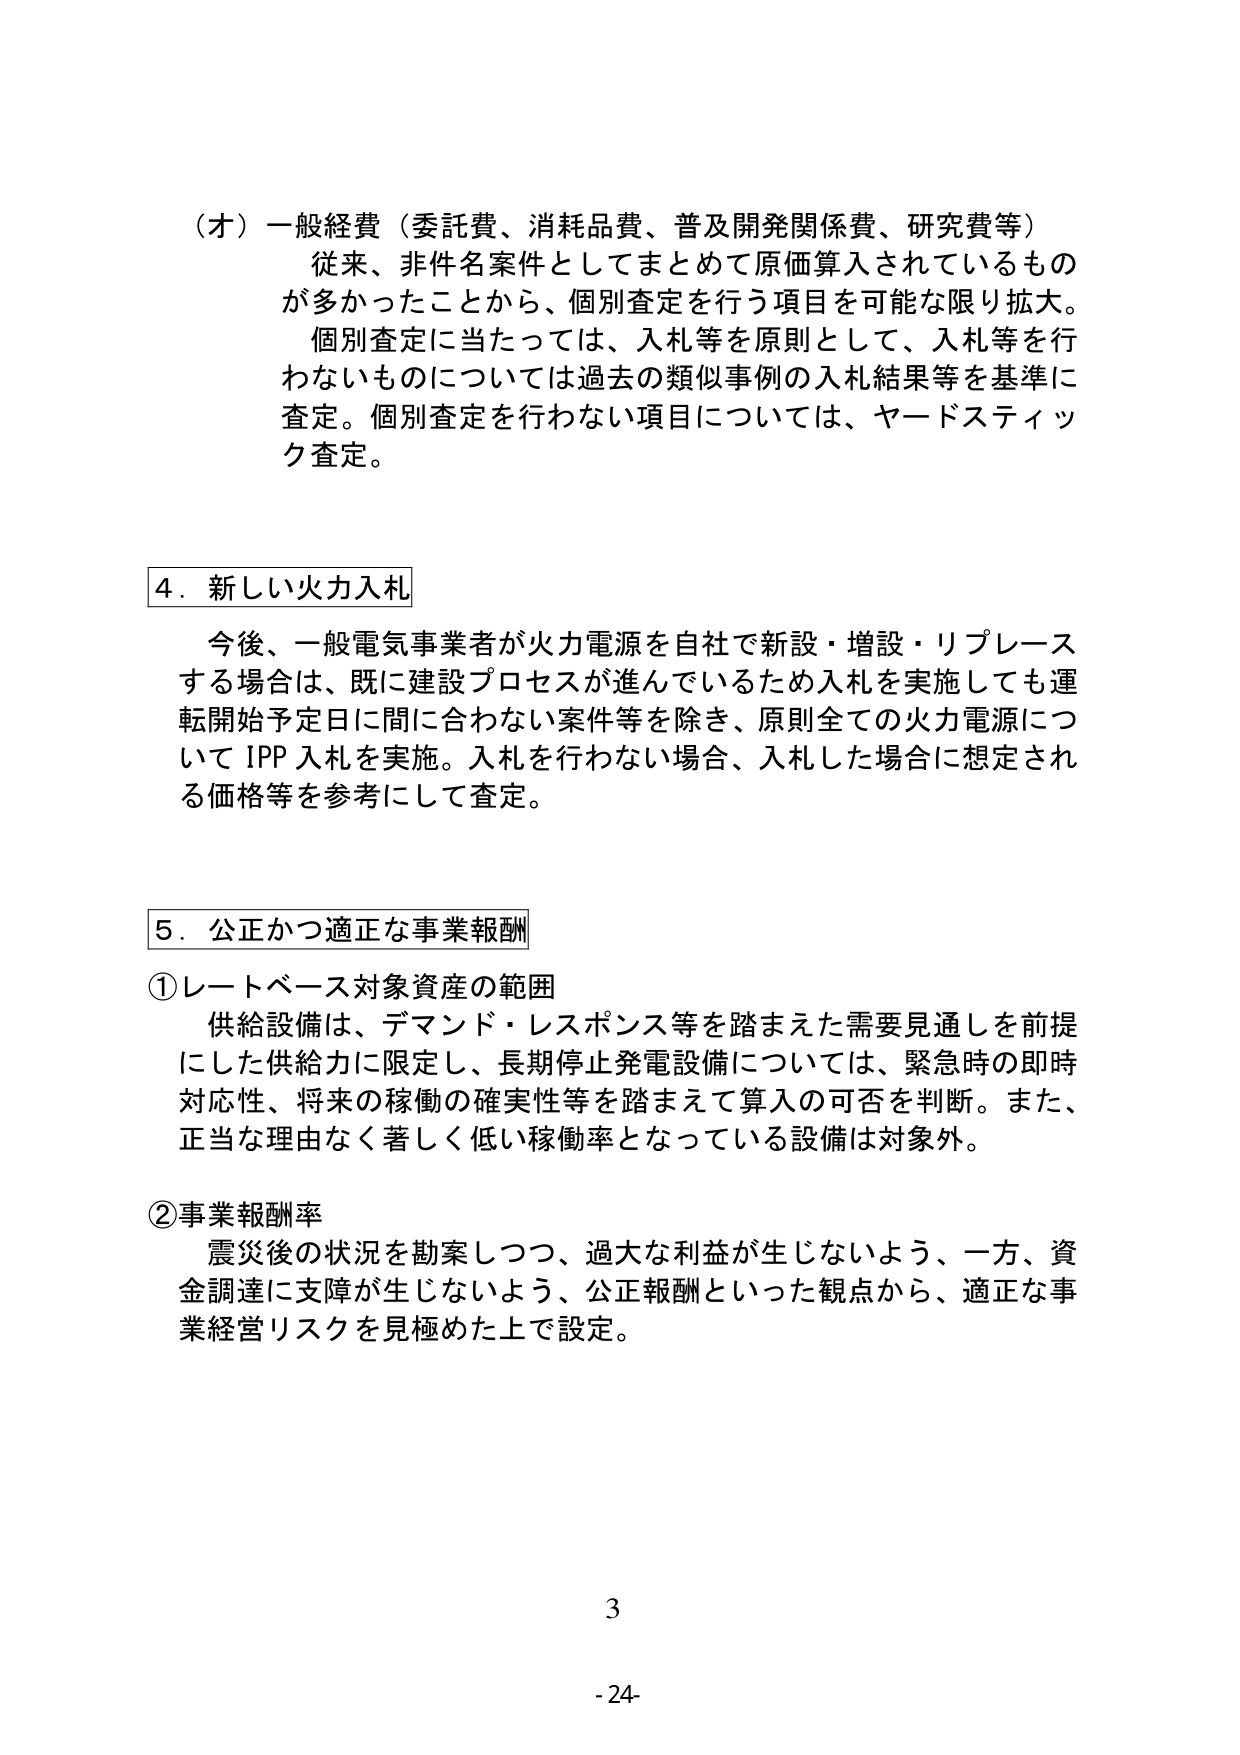
（オ）一般経費（委託費、消耗品費、普及開発関係費、研究費等）
従来、非件名案件としてまとめて原価算入されているものが多かったことから、個別査定を行う項目を可能な限り拡大。
個別査定に当たっては、入札等を原則として、入札等を行わないものについては過去の類似事例の入札結果等を基準に査定。個別査定を行わない項目については、ヤードスティック査定。

4．新しい火力入札
今後、一般電気事業者が火力電源を自社で新設・増設・リプレースする場合は、既に建設プロセスが進んでいるため入札を実施しても運転開始予定日に間に合わない案件等を除き、原則全ての火力電源についてIPP入札を実施。入札を行わない場合、入札した場合に想定される価格等を参考にして査定。

5．公正かつ適正な事業報酬
①レートベース対象資産の範囲
供給設備は、デマンド・レスポンス等を踏まえた需要見通しを前提にした供給力に限定し、長期停止発電設備については、緊急時の即時対応性、将来の稼働の確実性等を踏まえて算入の可否を判断。また、正当な理由なく著しく低い稼働率となっている設備は対象外。

②事業報酬率
震災後の状況を勘案しつつ、過大な利益が生じないよう、一方、資金調達に支障が生じないよう、公正報酬といった観点から、適正な事業経営リスクを見極めた上で設定。

3
-24-